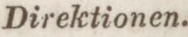
Direktionen.